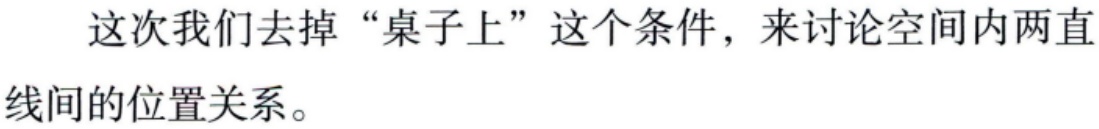
这次我们去掉“桌子上”这个条件，来讨论空间内两直线间的位置关系。